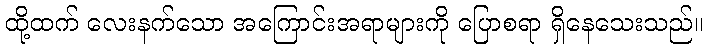
ထို့ထက် လေးနက်သော အကြောင်းအရာများကို ပြောစရာ ရှိနေသေးသည်။